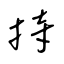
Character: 持